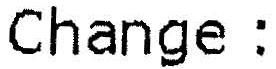
CHANGE :